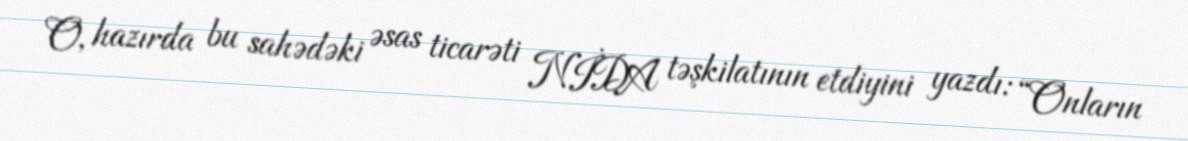
O, hazırda bu sahədəki əsas ticarəti NİDA təşkilatının etdiyini yazdı: “Onların